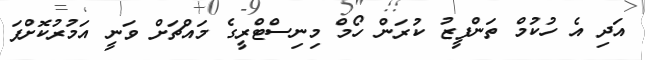
އަދި އެ ހުކުމް ތަންފީޒު ކުރަން ހޯމް މިނިސްޓްރީގެ މައްޗަށް ވަނީ އަމުރުކޮށްފަ